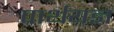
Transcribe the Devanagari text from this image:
पार्थयज्ञ